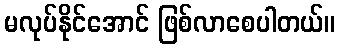
မလုပ်နိုင်အောင် ဖြစ်လာစေပါတယ်။